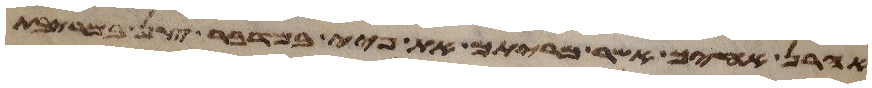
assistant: אהרן אחיך אשר מריתם את פיי במדבר צן במריבת